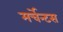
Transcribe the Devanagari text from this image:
मर्चेन्टस